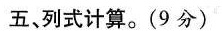
五、列式计算。(9分)